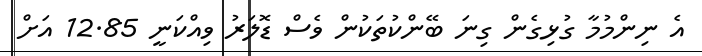
އެ ނިންމުމާ ގުޅިގެން ގިނަ ބޭންކުތަކުން ވެސް ޑޮލަރު ވިއްކަނީ 12.85 އަށް